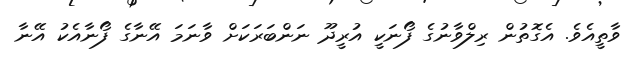
ވާތީއެވެ. އެގޮތުން ރިލްވާނުގެ ފޯނަކީ އުރީދޫ ނަންބަރަކަށް ވާނަމަ އޭނާގެ ފޯނާއެކު އޭނާ